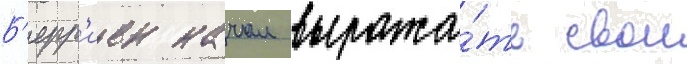
Б'ерр'иен начал выража́ть свои